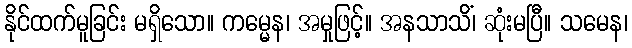
နိုင်ထက်မူခြင်း မရှိသော။ ကမ္မေန၊ အမှုဖြင့်။ အနသာသိံ၊ ဆုံးမပြီ။ သမေန၊